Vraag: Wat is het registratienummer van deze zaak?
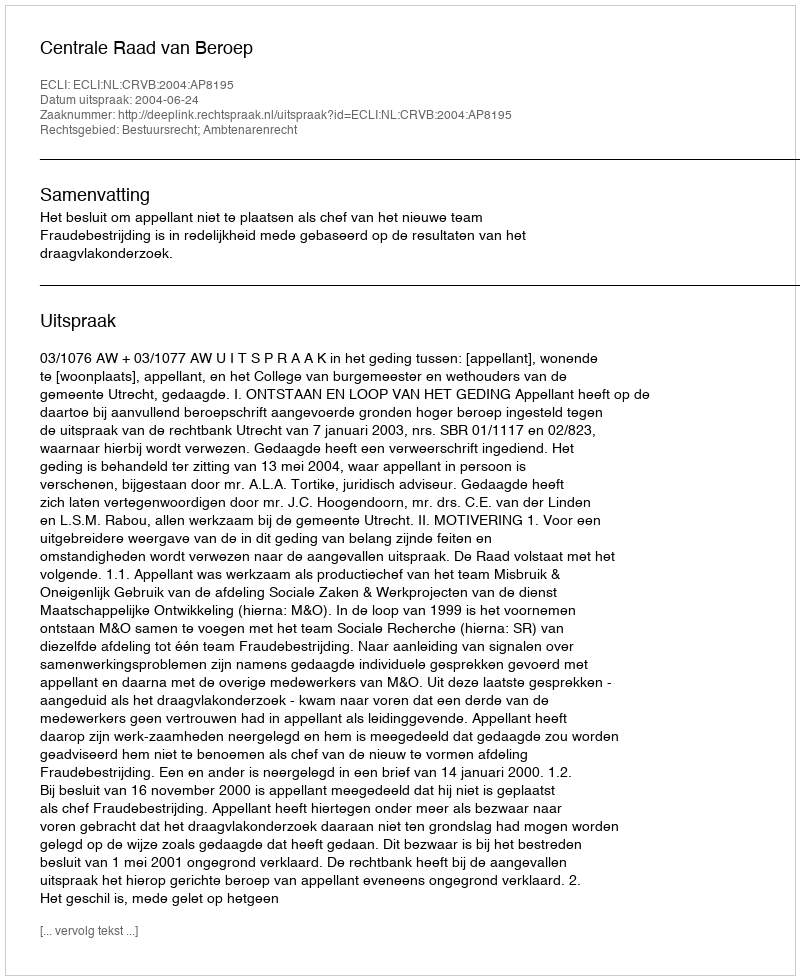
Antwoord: http://deeplink.rechtspraak.nl/uitspraak?id=ECLI:NL:CRVB:2004:AP8195